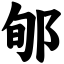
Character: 郇